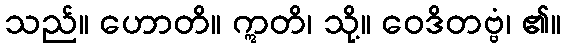
သည်။ ဟောတိ။ ဣတိ၊ သို့။ ဝေဒိတဗ္ဗံ၊ ၏။